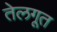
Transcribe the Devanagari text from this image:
तेलगूत